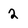
Character: 2